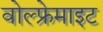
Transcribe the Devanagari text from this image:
वोल्फ्रेमाइट